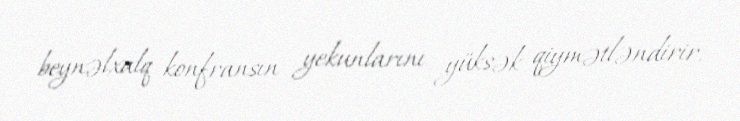
beynəlxalq konfransın yekunlarını yüksək qiymətləndirir.